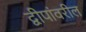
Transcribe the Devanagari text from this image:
द्वीपांवरील